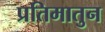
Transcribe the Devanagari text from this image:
प्रतिमातुन